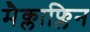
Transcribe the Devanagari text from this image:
मैक्लाफ्लिन